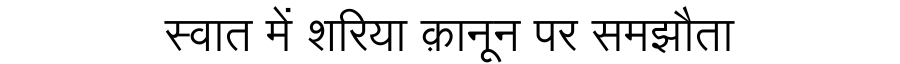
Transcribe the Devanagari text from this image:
स्वात में शरिया क़ानून पर समझौता